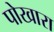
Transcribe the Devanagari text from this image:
पोखारा